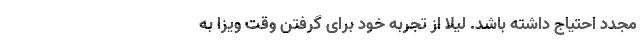
مجدد احتیاج داشته باشد. لیلا از تجربه‌ خود برای گرفتن وقت ویزا به